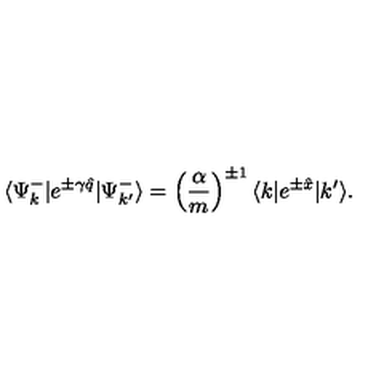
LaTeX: \langle \Psi _ { k } ^ { - } | e ^ { \pm \gamma \hat { q } } | \Psi _ { k ^ { \prime } } ^ { - } \rangle = \left( \frac { \alpha } { m } \right) ^ { \pm 1 } \langle k | e ^ { \pm \hat { x } } | k ^ { \prime } \rangle .